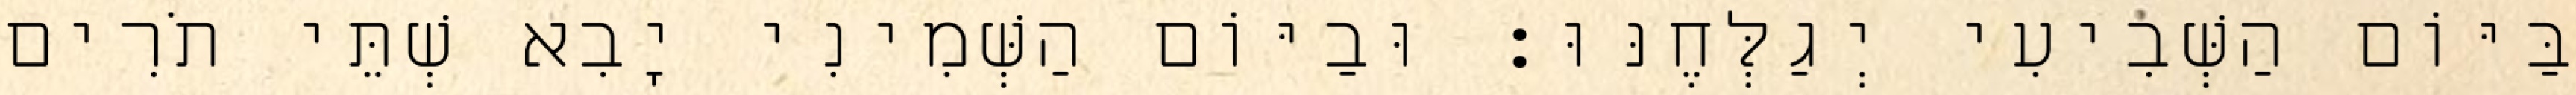
בַּיּוֹם הַשְּׁבִיעִי יְגַלְּחֶנּוּ׃ וּבַיּוֹם הַשְּׁמִינִי יָבִא שְׁתֵּי תֹרִים